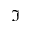
\Im